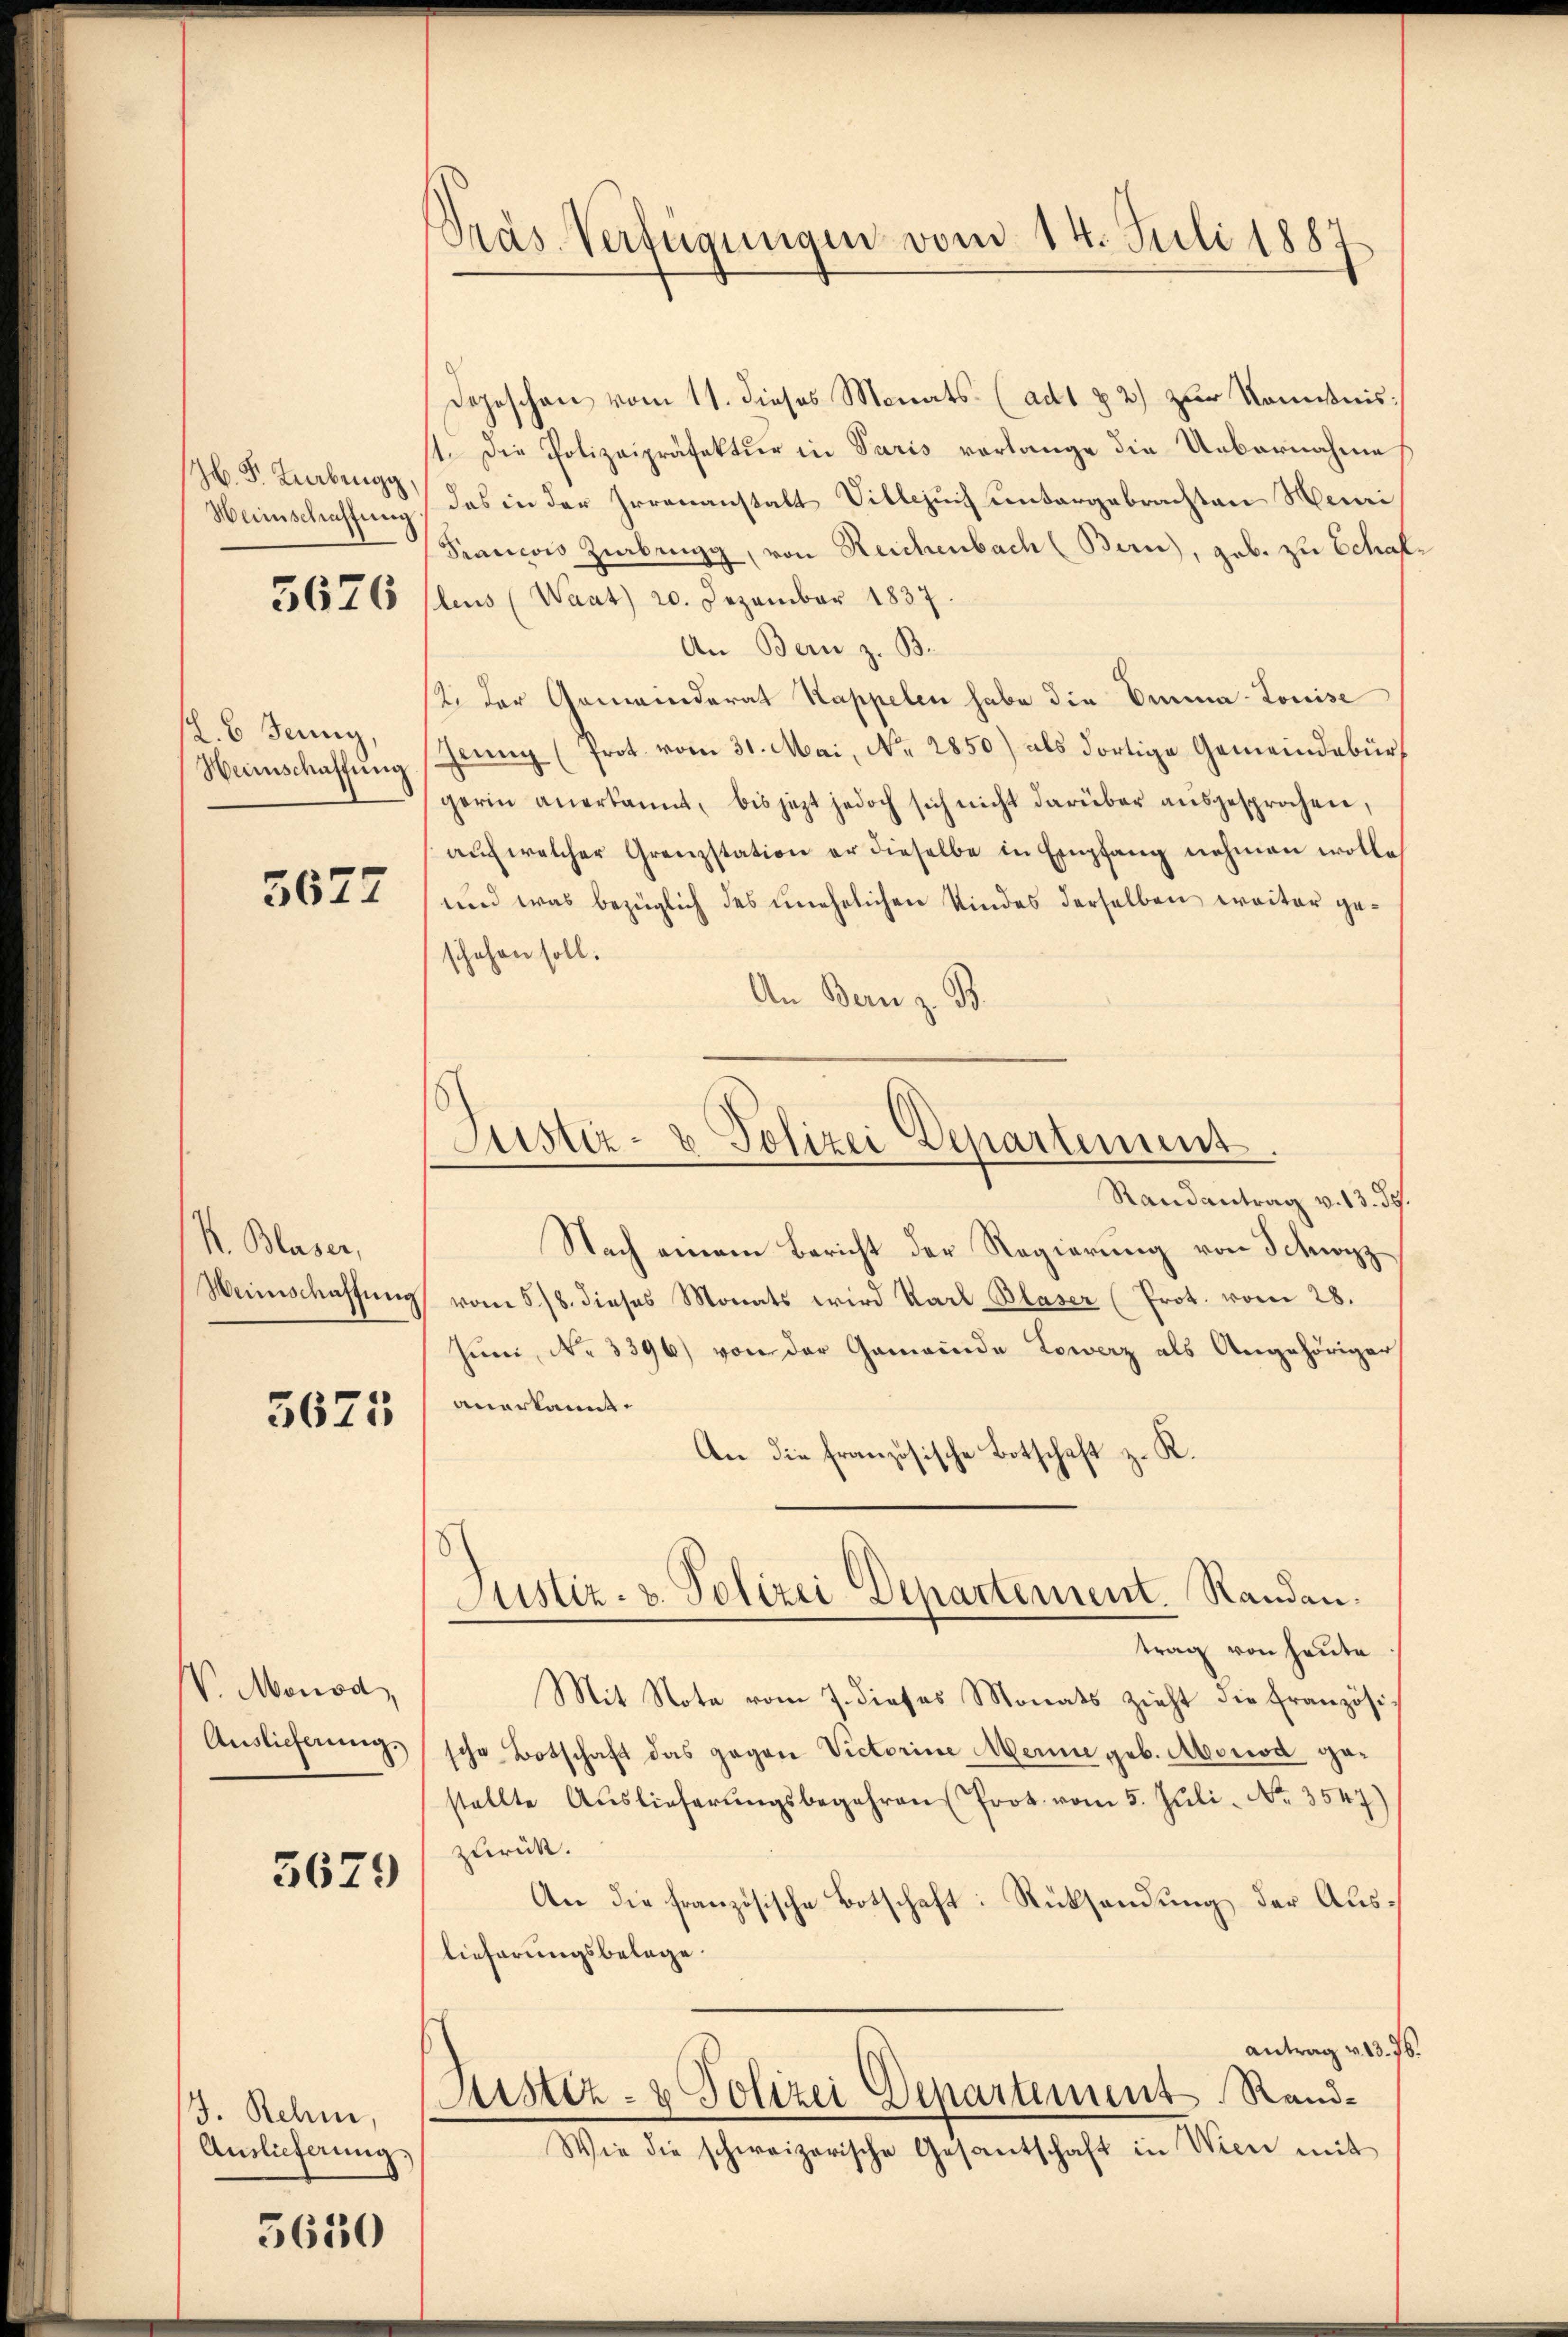
H. F. Lebengg,
Weinschaffung

5676

. 6. Jenny,
Heimschaffung

3677

S. Blaser,
Weinschaftung

5625

V. Monod,
Auslieferung.

3679

J. Rehm,
Auslieferung,

5630

Pras Verfügungen vom 14. Juli 1883

Depeschen vom 11. dieses Monats (ad1 & 2) zur Komißnis:
1. Die Polizeipräfektur in Paris verlange die Uebernahme
das in der Irrenanstalt Villezuch untergebrachten Meuri¬
Francois Ziebengg, von Reichenbach (Bern, geb. zu Estraf
leus (Waat) 20. Dezember 1837.
An Bern z. B.
2. der Gemeinderat Kappelen habe die Einna-Louise
eŭng (prot. vom 31. Mai, Nr. 2850) als dortige Gemeindebür
gerin anerkannt, bis jetzt jedoch sich nicht darüber aŭsgesprochen,
aŭf welcher Grenzstation er dieselbe in Empfang nehmen wolle,
und was bezüglich des unehelichen Kindes derselben weiter geschehen soll.
An Bern z. B.
Randantrag v. 13. ds.
Nach einem Bericht der Regierung von Schwyz
vom 5/8. dieses Monats wird Karl Blaser (Prot. vom 28.
Juni, No 3396) von der Gemeinde Lowerz als Angehöriger
anerkannt.
An die französische Botschaft z. R.
Justiz- & Polizei Departement. Randau.
trag von heute
Mit Note vom 7. dieses Monats zieht die Französi-
sche Botschaft das gegen Victorine Meine geb. Mord gestellte Aŭslieferŭngsbegehren Prot. vom 5. Jŭli No. 3547)
zurück.
An die französische Botschaft: Rücksendung der Auslieferungsbelege.
Antrag v. 13.
Justiz- & Polizei Departement Rand¬
Wie die schweizerische Gesantschaft in Wien mit

Justiz- & Polizei Departement